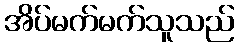
အိပ်မက်မက်သူသည်